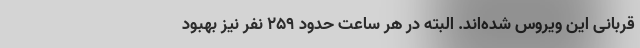
قربانی این ویروس شده‌اند. البته در هر ساعت حدود ۲۵۹ نفر نیز بهبود